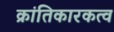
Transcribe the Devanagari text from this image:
क्रांतिकारकत्व